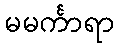
မမင်္ကာရာ